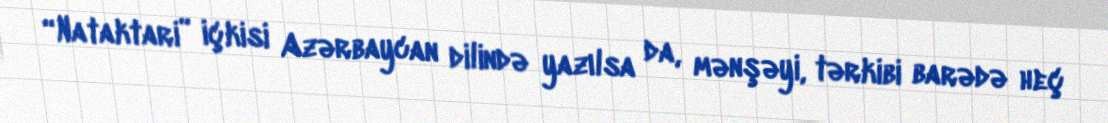
“Nataktari” içkisi Azərbaycan dilində yazılsa da, mənşəyi, tərkibi barədə heç